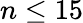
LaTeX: n\leq 15